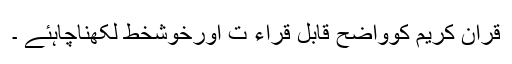
قرآن کریم کوواضح قابل قراء ت اورخوشخط لکھناچاہئے ۔